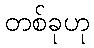
တစ်ခုဟု